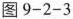
图9-2-3